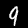
Digit: 9